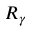
R _ { \gamma }